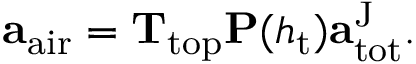
\begin{array} { r } { \mathbf { a } _ { \mathrm { a i r } } = \mathbf { T } _ { \mathrm { t o p } } \mathbf { P } ( h _ { \mathrm { t } } ) \mathbf { a } _ { \mathrm { t o t } } ^ { \mathrm { J } } . } \end{array}